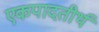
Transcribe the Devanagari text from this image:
एकपादतीर्थ